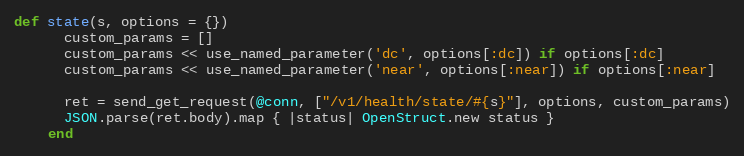
Language: Ruby
def state(s, options = {})
      custom_params = []
      custom_params << use_named_parameter('dc', options[:dc]) if options[:dc]
      custom_params << use_named_parameter('near', options[:near]) if options[:near]

      ret = send_get_request(@conn, ["/v1/health/state/#{s}"], options, custom_params)
      JSON.parse(ret.body).map { |status| OpenStruct.new status }
    end